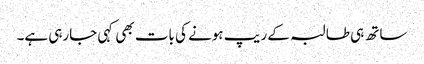
ساتھ ہی طالبہ کے ریپ ہونے کی بات بھی کہی جارہی ہے۔